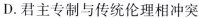
D.君主专制与传统伦理相冲突